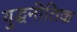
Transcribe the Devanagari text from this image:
युद्धनीतिक